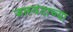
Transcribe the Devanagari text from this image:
जास्वंदाच्या